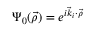
\Psi _ { 0 } ( \vec { \rho } ) = e ^ { i \vec { k } _ { i } \cdot \vec { \rho } }